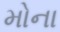
મોના